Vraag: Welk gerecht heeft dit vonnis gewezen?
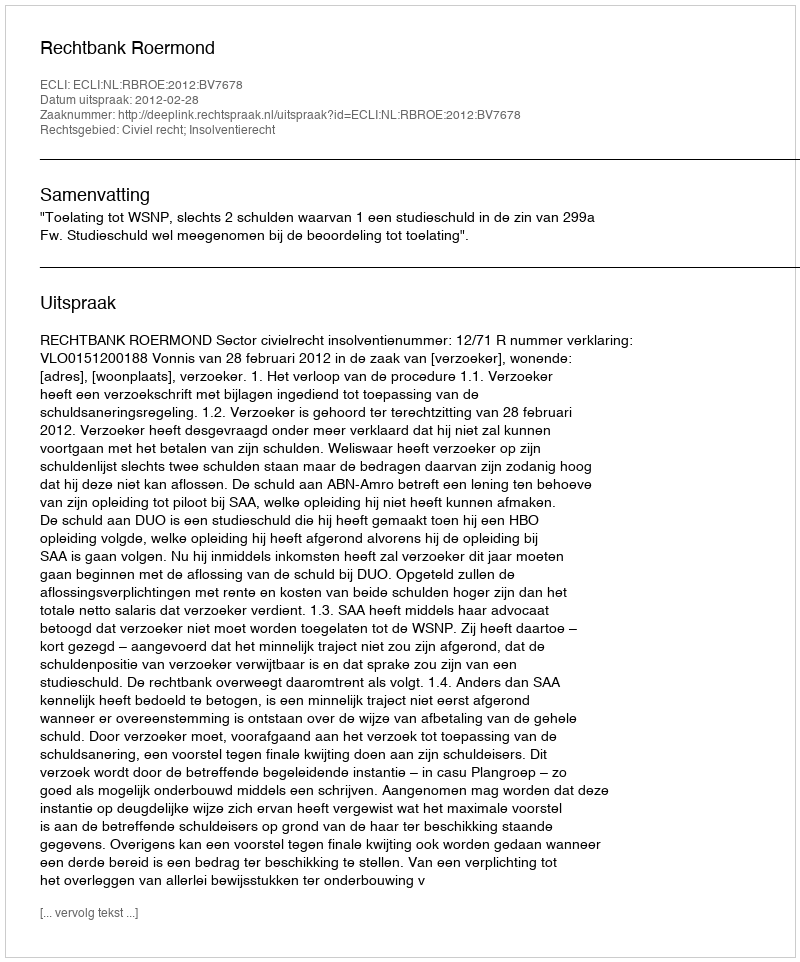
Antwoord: Rechtbank Roermond